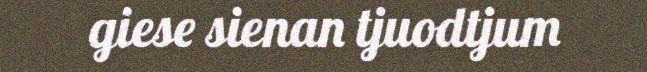
giese sienan tjuodtjum